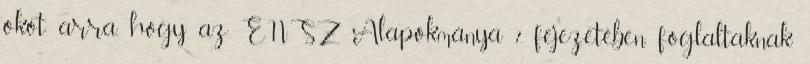
okot arra, hogy az ENSZ Alapokmánya 7. fejezetében foglaltaknak